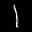
Label: 1